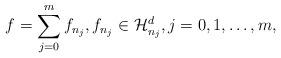
LaTeX: \begin{align*}f=\sum_{j=0}^m f_{n_j},f_{n_j}\in\mathcal{H}_{n_j}^d,j=0,1,\dots,m,\end{align*}